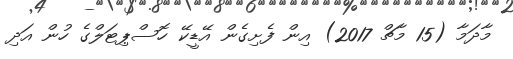
މާދަމާ (15 މާޗް 2017) އިން ފެށިގެން އޭޑީކޭ ހޮސްޕިޓަލްގެ ހުން އަދި